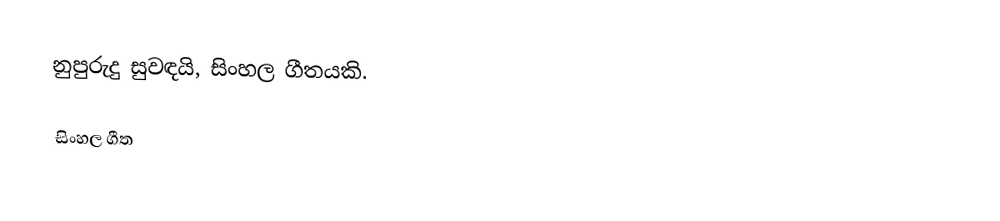
නුපුරුදු සුවඳයි, සිංහල ගීතයකි.

සිංහල ගීත